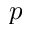
p